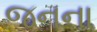
જનના